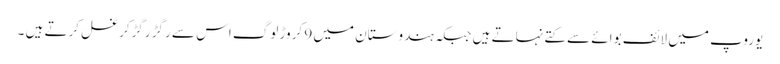
یوروپ میں لائف بوائے سے کتے نہاتے ہیں جبکہ ہندوستان میں 9 کروڑ لوگ اس سے رگڑ رگڑکرغسل کرتے ہیں ۔